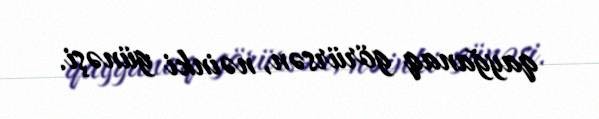
qayğanaq görürsən, nəinki günəşi.